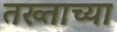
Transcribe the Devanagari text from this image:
तख्ताच्या